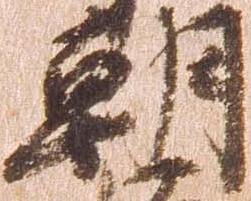
朝